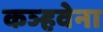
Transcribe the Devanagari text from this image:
कञ्हवेना